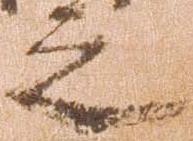
之